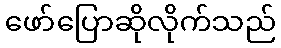
ဖော်ပြောဆိုလိုက်သည်